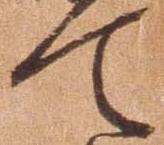
て